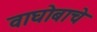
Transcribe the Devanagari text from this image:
वाघोबाचे